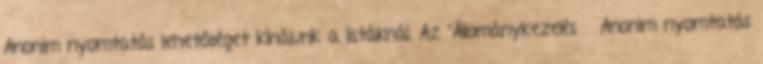
Anonim nyomtatás lehetőséget kínálunk a listáknál. Az “Állománykezelés Anonim nyomtatás